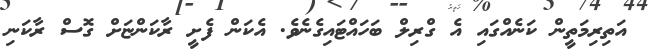
އަތިރިމަތީން ކަނެއްގައި އެ ގްރިލް ބަހައްޓައިގެނެވެ. އެކަން ފެށީ ރާކަންޏަށް ގޮސް ރާކަނި